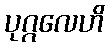
ပုဂ္ဂလေဟိ